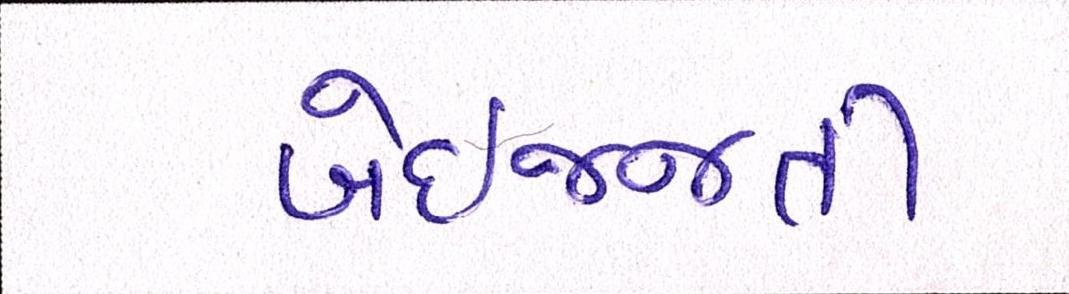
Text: બેઇજ્જતી